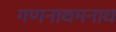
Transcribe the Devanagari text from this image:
गणनाथमनाथ